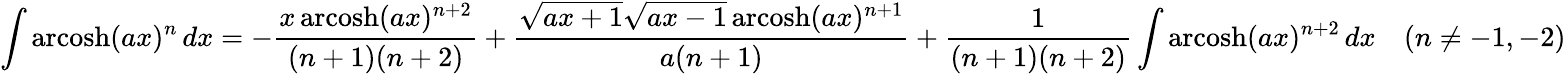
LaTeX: \int\operatorname{arcosh}(ax)^{n}\, dx=-{\frac{x\operatorname{arcosh}(ax)^{n+2}}{(n+1)(n+2)}}+{\frac{{\sqrt{ax+1}}{\sqrt{ax-1}}\operatorname{arcosh}(ax)^{n+1}}{a(n+1)}}+{\frac{1}{(n+1)(n+2)}}\int\operatorname{arcosh}(ax)^{n+2}\, dx\quad(n\neq-1,-2)